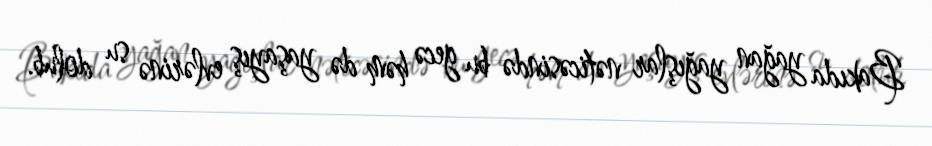
Bakıda yağan yağışlar nəticəsində bu gecə həm də yaşayış evlərinə su dolub.